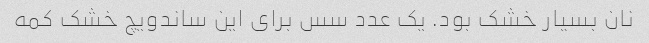
نان بسیار خشک بود. یک عدد سس برای این ساندویچ خشک کمه